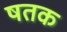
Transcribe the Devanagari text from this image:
षतक